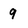
Character: 9